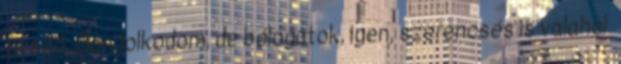
jó szó. Gondolkodom, de bólogatok, igen, szerencsés is valahol.